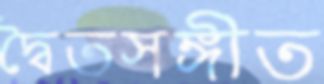
দ্বৈতসঙ্গীত